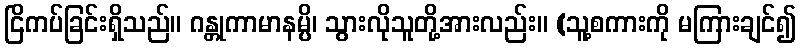
ငြိကပ်ခြင်းရှိသည်။ ဂန္တုကာမာနမ္ပိ၊ သွားလိုသူတို့အားလည်း။ (သူ့စကားကို မကြားချင်၍